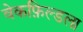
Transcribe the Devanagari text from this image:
वेकफ़िल्डला